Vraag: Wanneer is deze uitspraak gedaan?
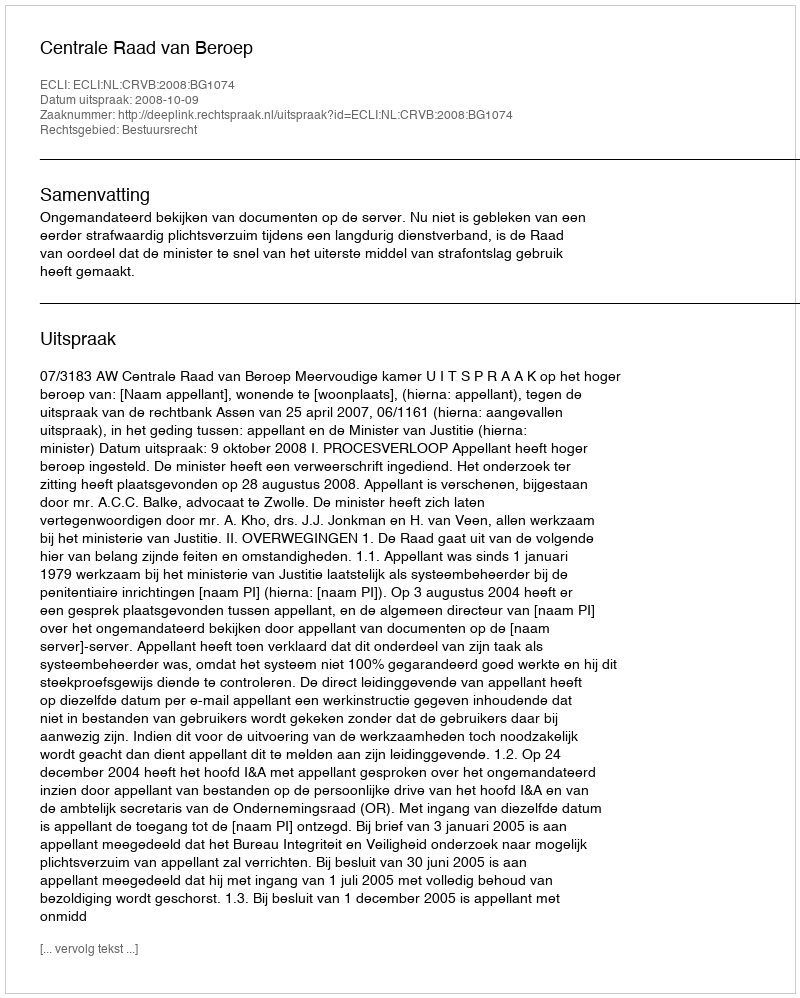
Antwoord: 2008-10-09